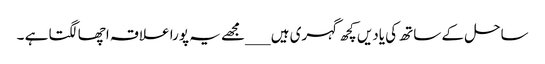
ساحل کے ساتھ کی یادیں کچھ گہری ہیں ___مجھے یہ پورا علاقہ اچھا لگتا ہے ۔